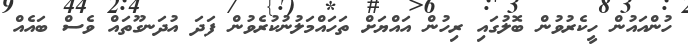
ހުންއައުން ހީކެރުވުން ބޮލުގައި ރިހުން އައްޔަށް ތަހައްމަލުނުކުރެވުން ފަދަ އުދަނގޫތައް ވެސް ބައެއް